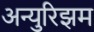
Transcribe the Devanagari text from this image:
अन्युरिझम